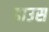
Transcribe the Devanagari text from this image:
डाउस